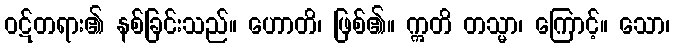
ဝဋ်တရား၏ နစ်ခြင်းသည်။ ဟောတိ၊ ဖြစ်၏။ ဣတိ တသ္မာ၊ ကြောင့်။ သော၊